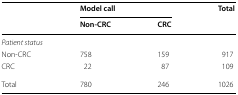
<table><thead><tr><td rowspan="2"></td><td colspan="2"><b>Model call</b></td><td rowspan="2"><b>Total</b></td></tr><tr><td><b>Non-CRC</b></td><td><b>CRC</b></td></tr></thead><tbody><tr><td colspan="4"><i>Patient status</i></td></tr><tr><td>Non-CRC</td><td>758</td><td>159</td><td>917</td></tr><tr><td>CRC</td><td>22</td><td>87</td><td>109</td></tr><tr><td>Total</td><td>780</td><td>246</td><td>1026</td></tr></tbody></table>